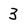
Character: 3